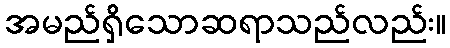
အမည်ရှိသောဆရာသည်လည်း။